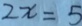
2 x = 5